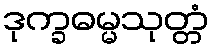
ဒုက္ခဓမ္မသုတ္တံ